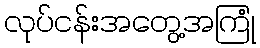
လုပ်ငန်းအတွေ့အကြုံ